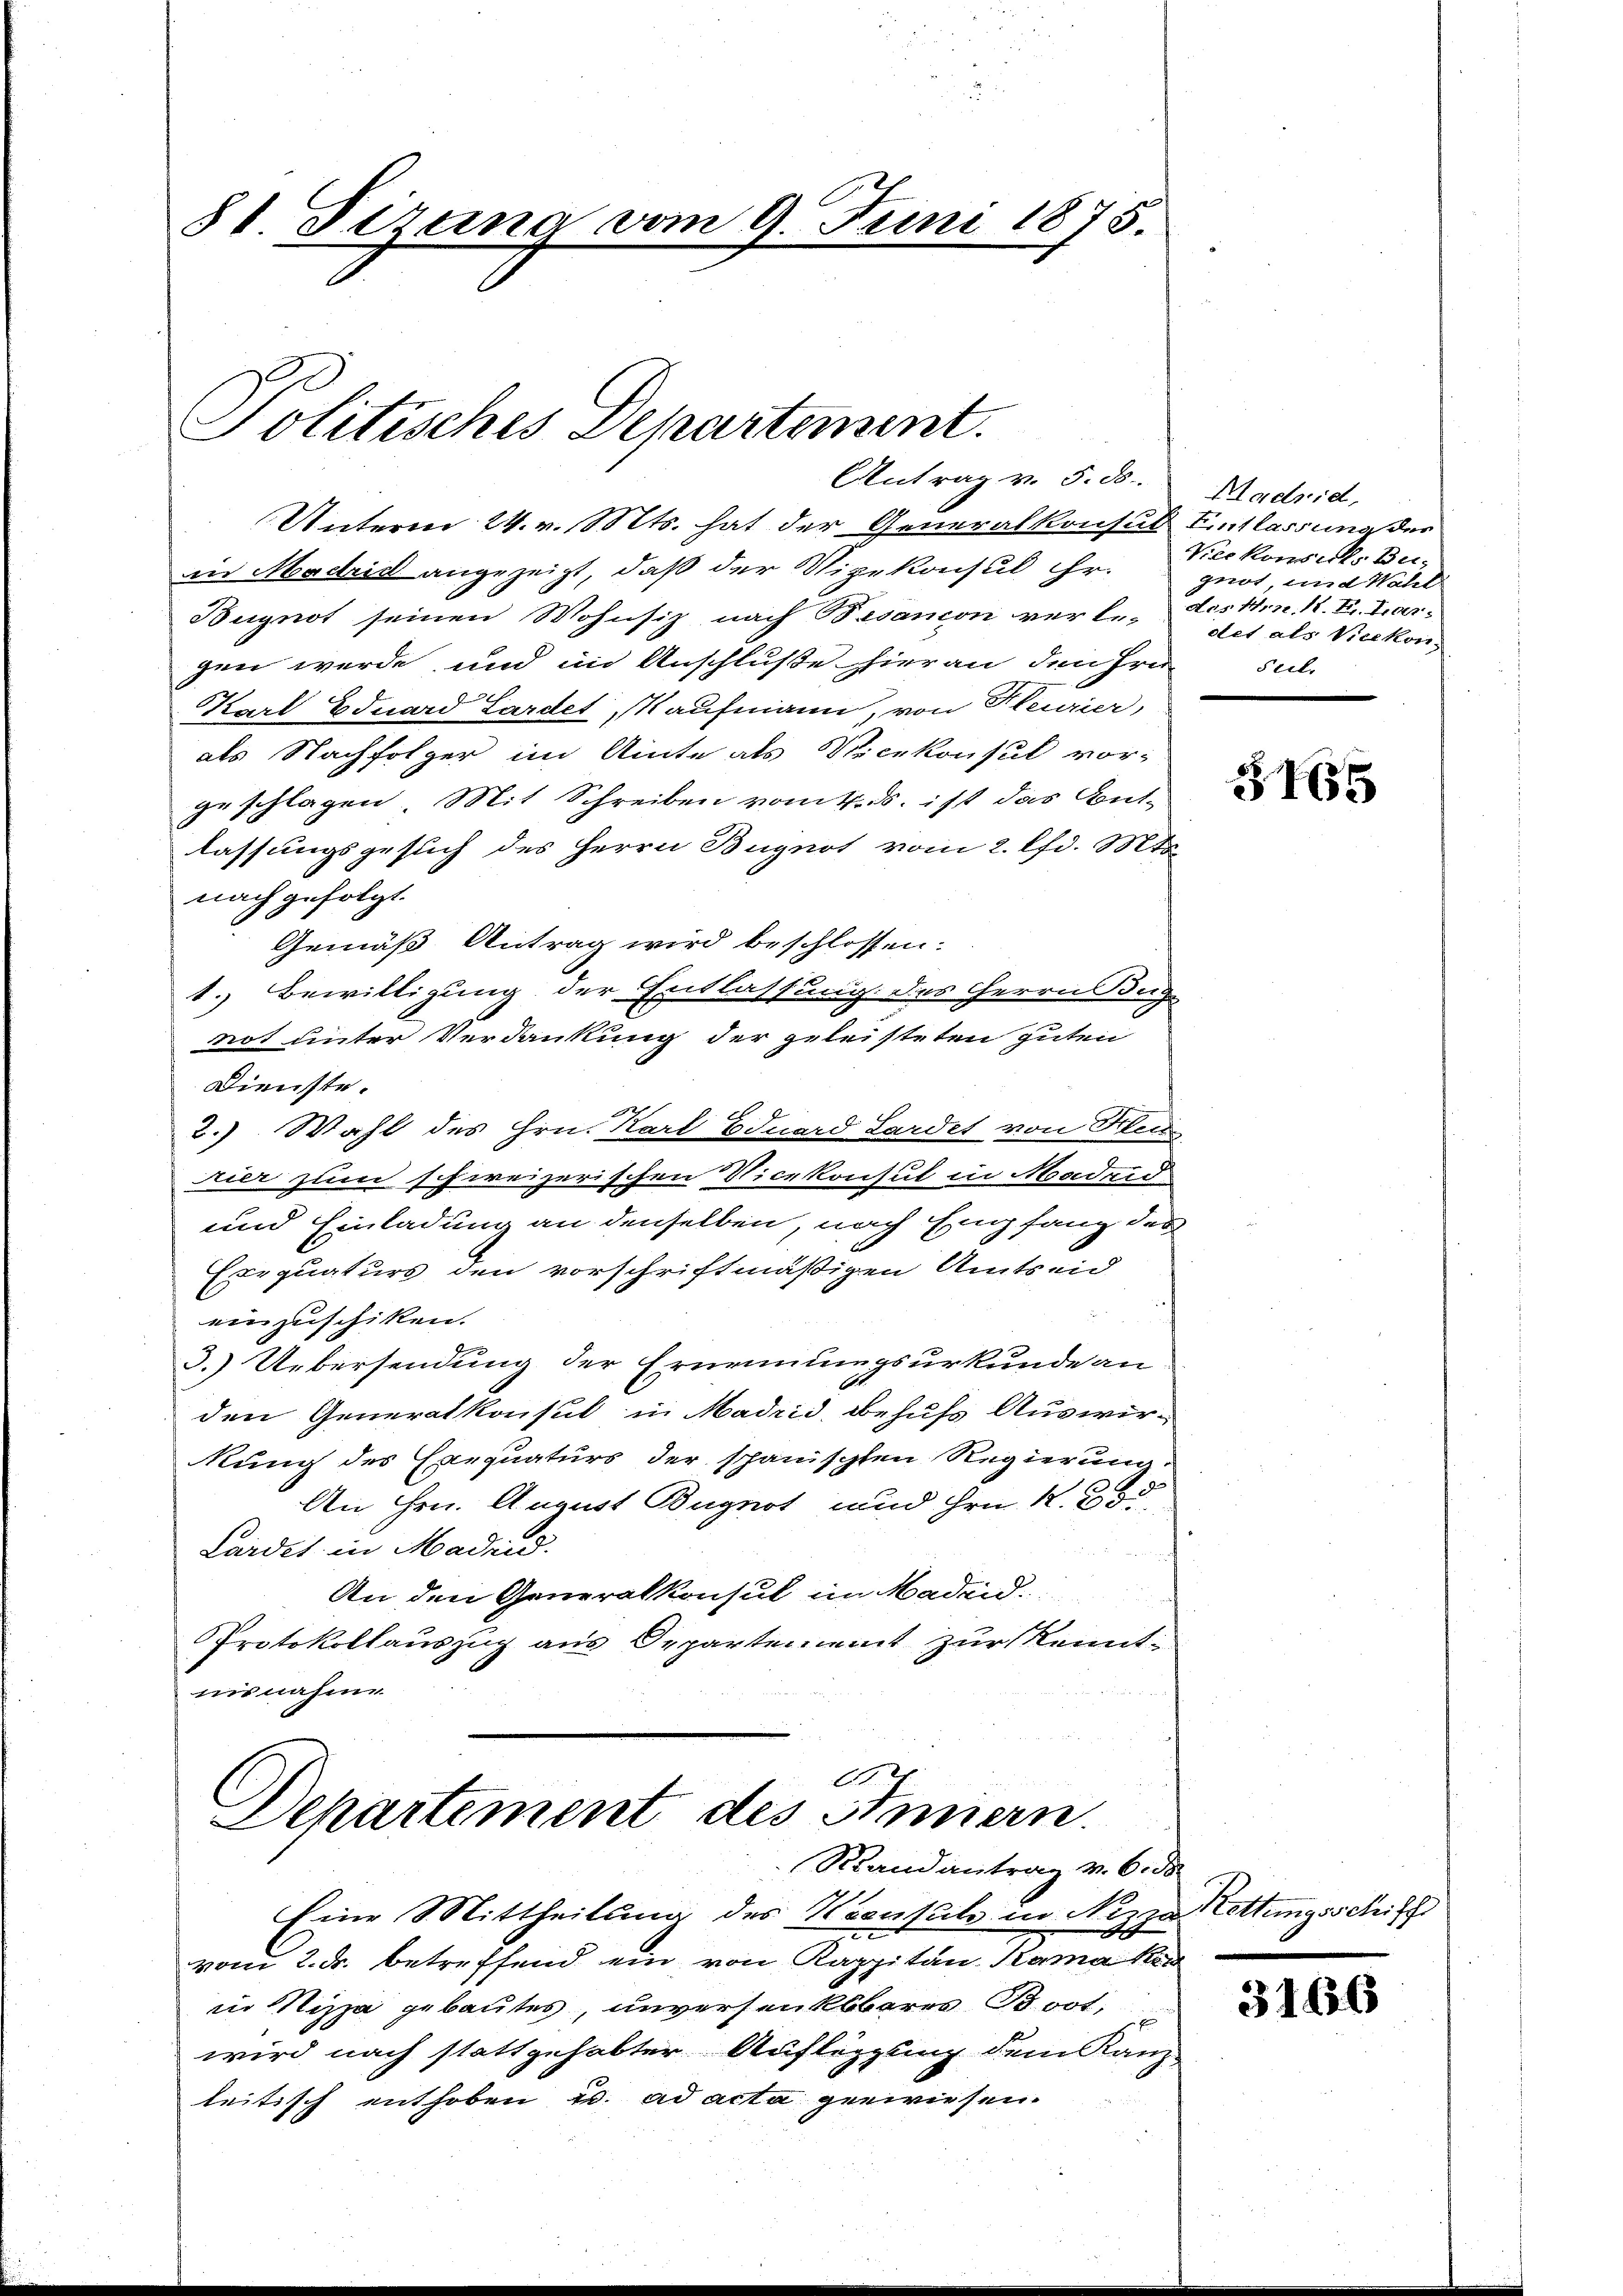
81 Tizung vom 9. Juni 1875.

Politisches Departement.
Antrag v. 5. ds.

Unterm 24. v. Mts. hat der Generalkonsul Entlassimoser
in Madrid angezeigt, daß der Vizekonsul ihr.
Bugnot seinen Wohnsiz nach Besanion verle, des Hrn. K. K. Largen werde, und in Anschluße hieran den Hrn.
Karl Eduard Lardet, Kaufmann, von Heurier,
als Nachfolger im Amte als Vicekonsul vor-
geschlagen. Mit Schreiben vom 4. ds. ist das Ant-
lassungsgesuch des Herrn Bugnot vom 2. lfd. Mts.
nach gefolgt.
Gemäß Antrag wird beschlossen:
1. Bewilligung der Entlassung des Herrn Jug
not unter Verdankung der geleisteten guten
Dienste.

2.) Wahl des Hrn. Karl Eduard Lardet von Schen
ier zum schweizerischen Vicekonsul in Madend
und Einladung an denselben, nach Empfang der
Exequaturs den vorschriftmäßigen Amtseid
einzuschiken.
.) Uebersendung der Ernennungsurkunde an
den Generalkonsul in Madrid, behufs Auswir-
kung des Exequaturs der spanischen Regierung.
An Hrn. August Bugnot und Hrn. K. 255
Lardet in Madrid.
An den Generalkonsul im Madeid.
Protokollauszug aus Departement zur Kenntnisnahme

Departement des Amiers
Randantrag v. 6. ds.
Eine Mittheilung des Weeufels in Nizza attungsschiff

vom 2. Fr. betreffend ein von Kappitän Kama ken
in Nizza gebautes, unversenkbares Boot,
wird nach stattgehabter Auflegung dem Kanz
leitisch enthoben u. ad acta gewiesen.

Madrid,
Vier konseres Bei-
gnot, und Wahl
det als Vicekon-
seel.

3765

3166